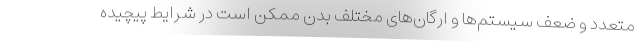
متعدد و ضعف سیستم‌ها و ارگان‌های مختلف بدن ممکن است در شرایط پیچیده